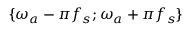
\{ \omega _ { a } - \pi f _ { s } ; \omega _ { a } + \pi f _ { s } \}